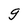
Character: g